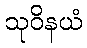
သုဝိနယံ